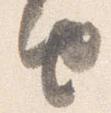
由